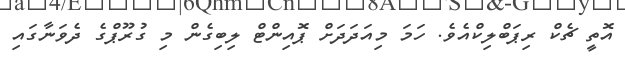
އޮތީ ޗެކް ރިޕަބްލިކްއެވެ. ހަމަ މިއަދަދަށް ޕޮއިންޓް ލިބިގެން މި ގުރޫޕްގެ ދެވަނާގައި